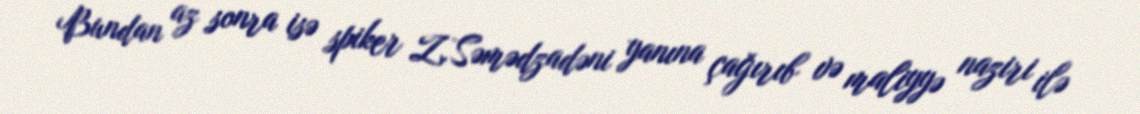
Bundan az sonra isə spiker Z.Səmədzadəni yanına çağırıb və maliyyə naziri ilə